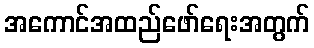
အကောင်အထည်ဖော်ရေးအတွက်